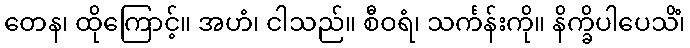
တေန၊ ထိုကြောင့်။ အဟံ၊ ငါသည်။ စီဝရံ၊ သင်္ကန်းကို။ နိက္ခိပါပေသိံ၊